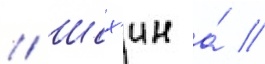
// Шох'ин а́ //